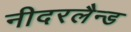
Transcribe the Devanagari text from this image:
नीदरलैन्ड